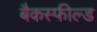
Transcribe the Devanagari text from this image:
बैकस्फील्ड